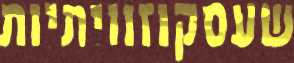
שעסקוזוויתיות